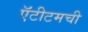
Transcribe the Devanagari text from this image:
ऍंटीटमची